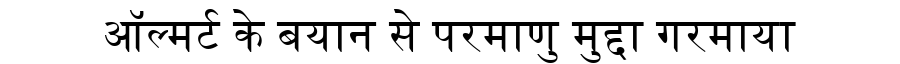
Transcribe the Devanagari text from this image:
ऑल्मर्ट के बयान से परमाणु मुद्दा गरमाया